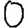
Digit: 0